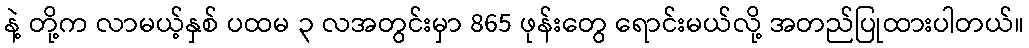
နဲ့ တို့က လာမယ့်နှစ် ပထမ ၃ လအတွင်းမှာ 865 ဖုန်းတွေ ရောင်းမယ်လို့ အတည်ပြုထားပါတယ်။